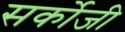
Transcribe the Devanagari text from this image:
सर्कोजी